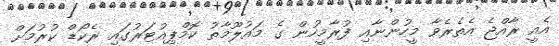
އެއީ ރާއްޖެ އެތެރެވާ މީހުންނާއި ފުރާމީހުން ގެ މައުލޫމާތު ކޮމްޕިއުޓަރުގައި ރެކޯޑް ކުރުމަށް